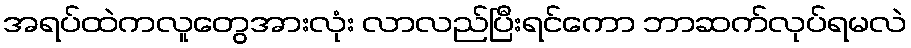
အရပ်ထဲကလူတွေအားလုံး လာလည်ပြီးရင်ကော ဘာဆက်လုပ်ရမလဲ